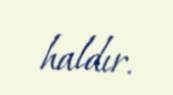
haldır.